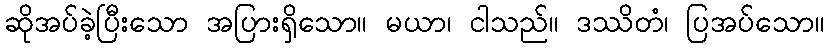
ဆိုအပ်ခဲ့ပြီးသော အပြားရှိသော။ မယာ၊ ငါသည်။ ဒဿိတံ၊ ပြအပ်သော။